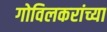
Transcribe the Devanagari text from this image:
गोविलकरांच्या